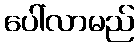
ပေါ်လာမည်